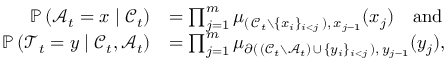
\begin{array} { r l } { \mathbb { P } \left( \mathcal { A } _ { t } = x \mid \mathscr { C } _ { t } \right) } & { = \prod _ { j = 1 } ^ { m } \mu _ { ( \, \mathscr { C } _ { t } \setminus \{ x _ { i } \} _ { i < j } \, ) , \, x _ { j - 1 } } ( x _ { j } ) \quad \mathrm { a n d } } \\ { \mathbb { P } \left( \mathcal { T } _ { t } = y \mid \mathscr { C } _ { t } , \mathcal { A } _ { t } \right) } & { = \prod _ { j = 1 } ^ { m } \mu _ { \partial ( \, ( \mathscr { C } _ { t } \setminus \mathcal { A } _ { t } ) \, \cup \, \{ y _ { i } \} _ { i < j } \, ) , \, y _ { j - 1 } } ( y _ { j } ) , } \end{array}